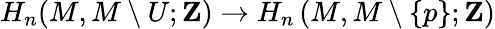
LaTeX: H_{n}(M,M\setminus U;\mathbf{Z})\to H_{n}\left(M,M\setminus\{ p\} ;\mathbf{Z}\right)